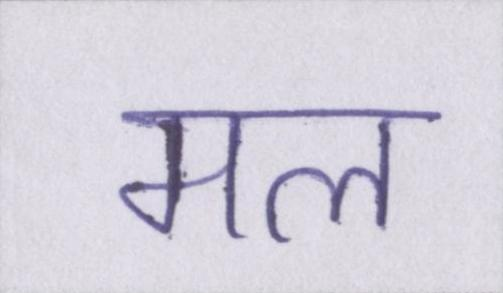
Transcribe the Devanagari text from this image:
मल